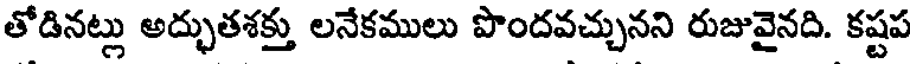
తోడినట్లు అద్భుతశక్తు లనేకములు పొందవచ్చునని రుజువైనది. కష్టప